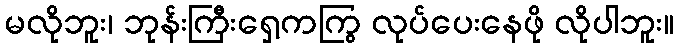
မလိုဘူး၊ ဘုန်းကြီးရှေ့ကကြွ လုပ်ပေးနေဖို လိုပါဘူး။